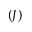
( J )